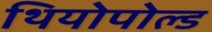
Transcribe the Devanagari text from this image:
थियोपोल्ड